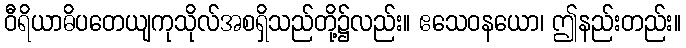
ဝီရိယာဓိပတေယျကုသိုလ်အစရှိသည်တို့၌လည်း။ ဧသေဝနယော၊ ဤနည်းတည်း။